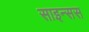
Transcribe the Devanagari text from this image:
साइन्सस